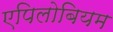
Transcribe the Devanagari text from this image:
एपिलोबियम